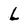
Character: L